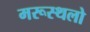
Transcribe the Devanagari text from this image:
मरूस्थलो